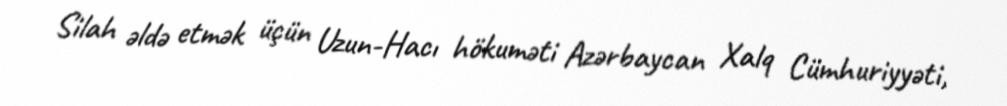
Silah əldə etmək üçün Uzun-Hacı hökuməti Azərbaycan Xalq Cümhuriyyəti,